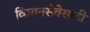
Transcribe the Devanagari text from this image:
विमानसेवेसाठी